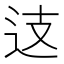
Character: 𨑤